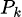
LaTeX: \scriptstyle P_{k}